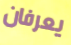
يعرفان